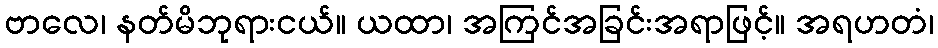
ဗာလေ၊ နတ်မိဘုရားငယ်။ ယထာ၊ အကြင်အခြင်းအရာဖြင့်။ အရဟတံ၊